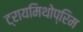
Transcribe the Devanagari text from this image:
ट्रायमिथोप्रिम